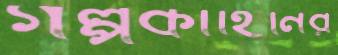
গল্পকাহিনির